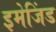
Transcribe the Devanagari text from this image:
इमेजिंड